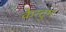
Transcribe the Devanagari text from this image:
केन्टुम